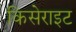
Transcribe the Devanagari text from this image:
किसेराइट